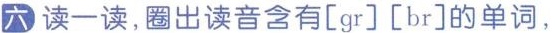
六 读-读,圈出读音含有[gr][br]的单词,